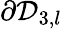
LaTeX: \partial\mathcal{D}_{3,l}